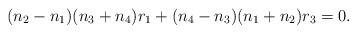
LaTeX: \begin{align*}(n_2-n_1)(n_3+n_4)r_1+(n_4-n_3)(n_1+n_2)r_3=0.\end{align*}